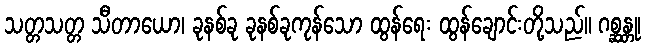
သတ္တသတ္တ သီတာယော၊ ခုနစ်ခု ခုနစ်ခုကုန်သော ထွန်ရေး ထွန်ချောင်းတို့သည်။ ဂစ္ဆန္တု၊